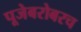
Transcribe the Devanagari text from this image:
पूजेबरोबरच